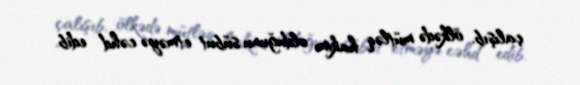
çalışıb, ölkədə mütləq hakim olduğunu sübut etməyə cəhd edib.